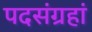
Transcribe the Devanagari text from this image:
पदसंग्रहां